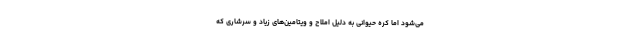
می‌شود اما کره حیوانی به دلیل املاح و ویتامین‌های زیاد و سرشاری که